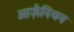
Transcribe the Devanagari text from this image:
ओज़ैनियन